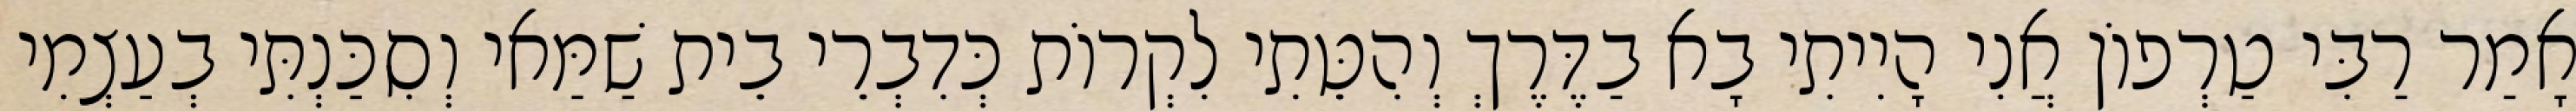
אָמַר רַבִּי טַרְפוֹן אֲנִי הָיִיתִי בָא בַדֶּרֶךְ וְהִטֵּתִי לִקְרוֹת כְּדִבְרֵי בֵית שַׁמַּאי וְסִכַּנְתִּי בְעַצְמִי